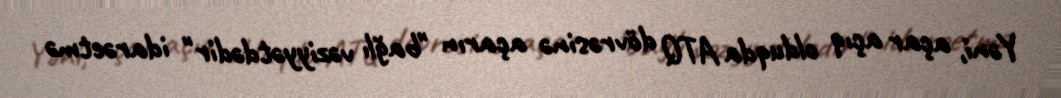
Yəni, açar açıq olduqda ATQ dövrəsinə açarın "bağlı vəziyyətdədir" idarəetmə